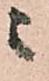
ニ